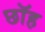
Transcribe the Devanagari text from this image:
छॉह